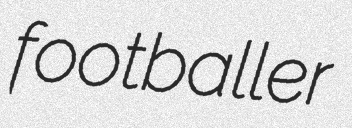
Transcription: footballer